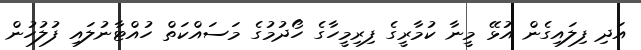
އަދި ފިލައިގެން އުޅޭ މީނާ ކުމާރީގެ ފިރިމީހާގެ ހޯދުމުގެ މަސައްކަތް ހުއްޓާނުލައި ފުލުހުން